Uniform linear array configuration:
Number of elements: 16
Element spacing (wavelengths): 0.75
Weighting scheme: blackman
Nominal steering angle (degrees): -15
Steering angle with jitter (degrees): -14.757
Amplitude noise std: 0.05
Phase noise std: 0.05

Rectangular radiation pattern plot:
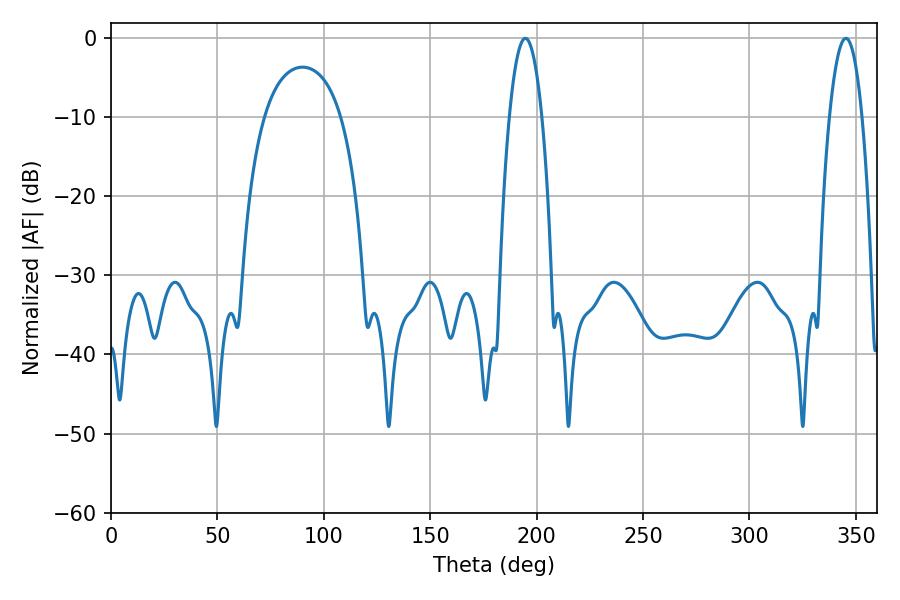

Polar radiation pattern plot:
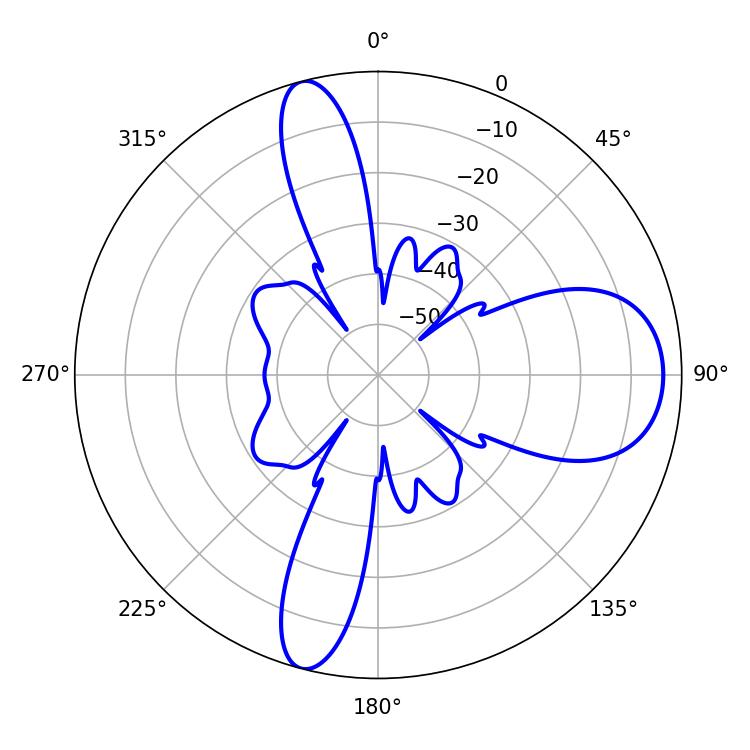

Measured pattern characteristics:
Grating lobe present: TRUE
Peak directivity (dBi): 12.323
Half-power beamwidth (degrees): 8.46
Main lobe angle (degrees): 194.76